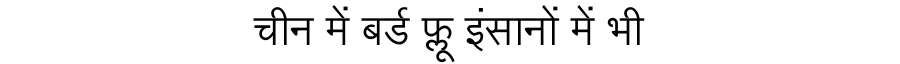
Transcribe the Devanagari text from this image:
चीन में बर्ड फ्लू इंसानों में भी